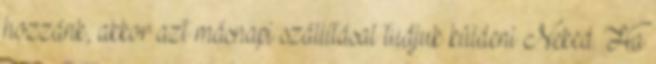
hozzánk, akkor azt másnapi szállításal tudjuk küldeni Neked. Ha